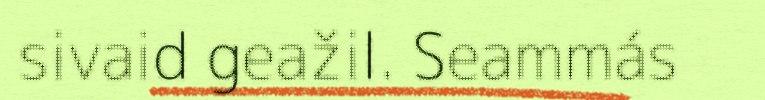
sivaid geažil. Seammás